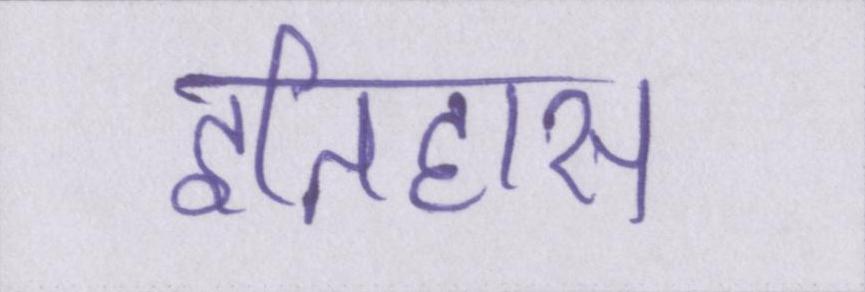
इतिहास